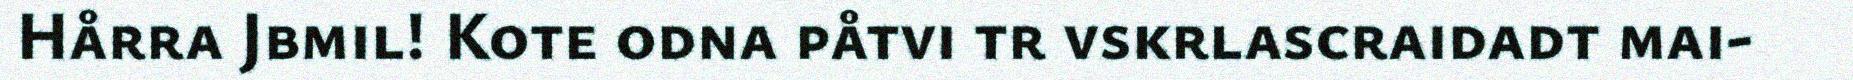
Hårra Jbmil! Kote odna påtvi tr vskrlascraidadt mai-